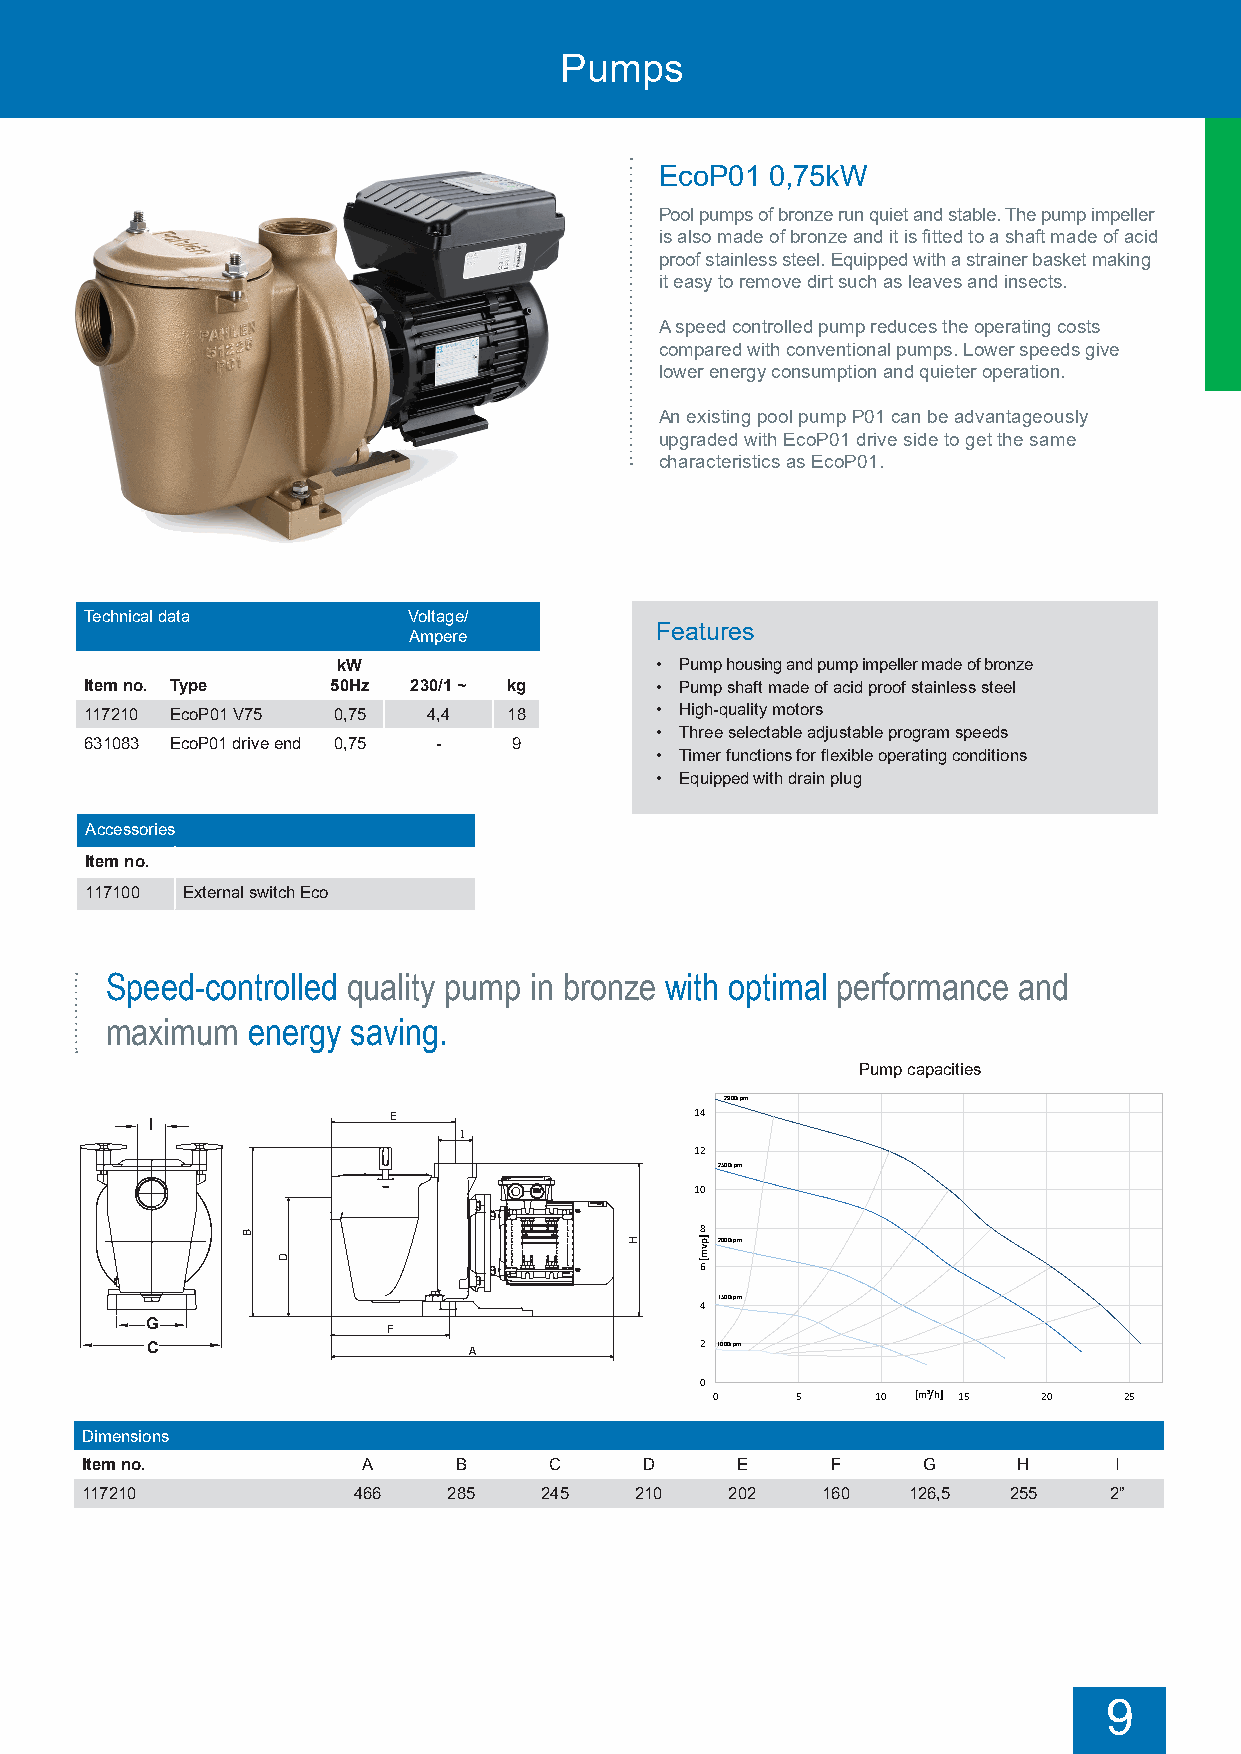
Pumps
 EcoP01 0,75kW
 Pool pumps of bronze run quiet and stable. The pump impeller
 is also made of bronze and it is fitted to a shaft made of acid
 proof stainless steel. Equipped with a strainer basket making
 it easy to remove dirt such as leaves and insects.
 A speed controlled pump reduces the operating costs
 compared with conventional pumps. Lower speeds give
 lower energy consumption and quieter operation.
 An existing pool pump P01 can be advantageously
 upgraded with EcoP01 drive side to get the same
 characteristics as EcoP01.
 Technical data       Voltage/
 Features
 Ampere
 kW                   • Pump housing and pump impeller made of bronze
 Item no. Type   50Hz 230/1 ~ kg      • Pump shaft made of acid proof stainless steel
 117E210 EcoP01 V75 0,75 4,4 18       • High-quality motors
 • Three selectable adjustable program speeds
 631083 EcoP01 drive end 0,75 - 9
 • Timer functions for flexible operating conditions
 • Equipped with drain plug
 Accessories
 Item no.
 117100 External switch Eco
 F
 A
 Speed-controlled quality pump in bronze with optimal performance and
 maximum  energy saving.
 Pump capacities
 I
 2900rpm
 E                   14
 I
 I
 12
 2500rpm
 10
 B                             8 H 2000rpm
 D
 6
 1500rpm
 4
 G               F
 C                    A              2 1000rpm
 0
 0     5    10 [m³/h] 15 20 25
 Dimensions
 Item no.           A     B     C      D     E     F     G     H      I
 117210            466    285   245   210   202   160   126,5  255   2”
 9
 B
 D
 H
 ]pvm[